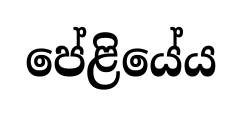
පේළියේය